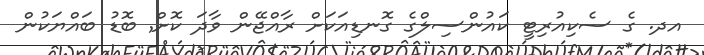
އދ. ގެ ސެކިއުރިޓީ ކައުންސިލްގެ ގޮނޑިއަކަށް ރާއްޖޭން ވާދަ ކޮށް